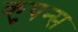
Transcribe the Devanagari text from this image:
कुपन्स